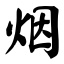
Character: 烟